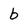
Character: b